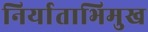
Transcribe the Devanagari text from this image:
निर्याताभिमुख